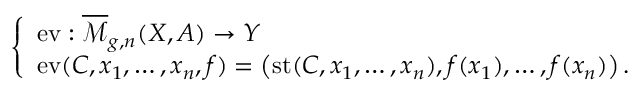
\left\{ \begin{array} { l l } { \mathrm { e v } : { \overline { { \mathcal { M } } } } _ { g , n } ( X , A ) \to Y } \\ { \mathrm { e v } ( C , x _ { 1 } , \ldots , x _ { n } , f ) = \left( \operatorname { s t } ( C , x _ { 1 } , \ldots , x _ { n } ) , f ( x _ { 1 } ) , \ldots , f ( x _ { n } ) \right) . } \end{array} \right.